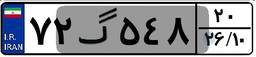
۷۲گ۵۴۸۲۰